Leningradi_Edasi_toimetus, lk 51
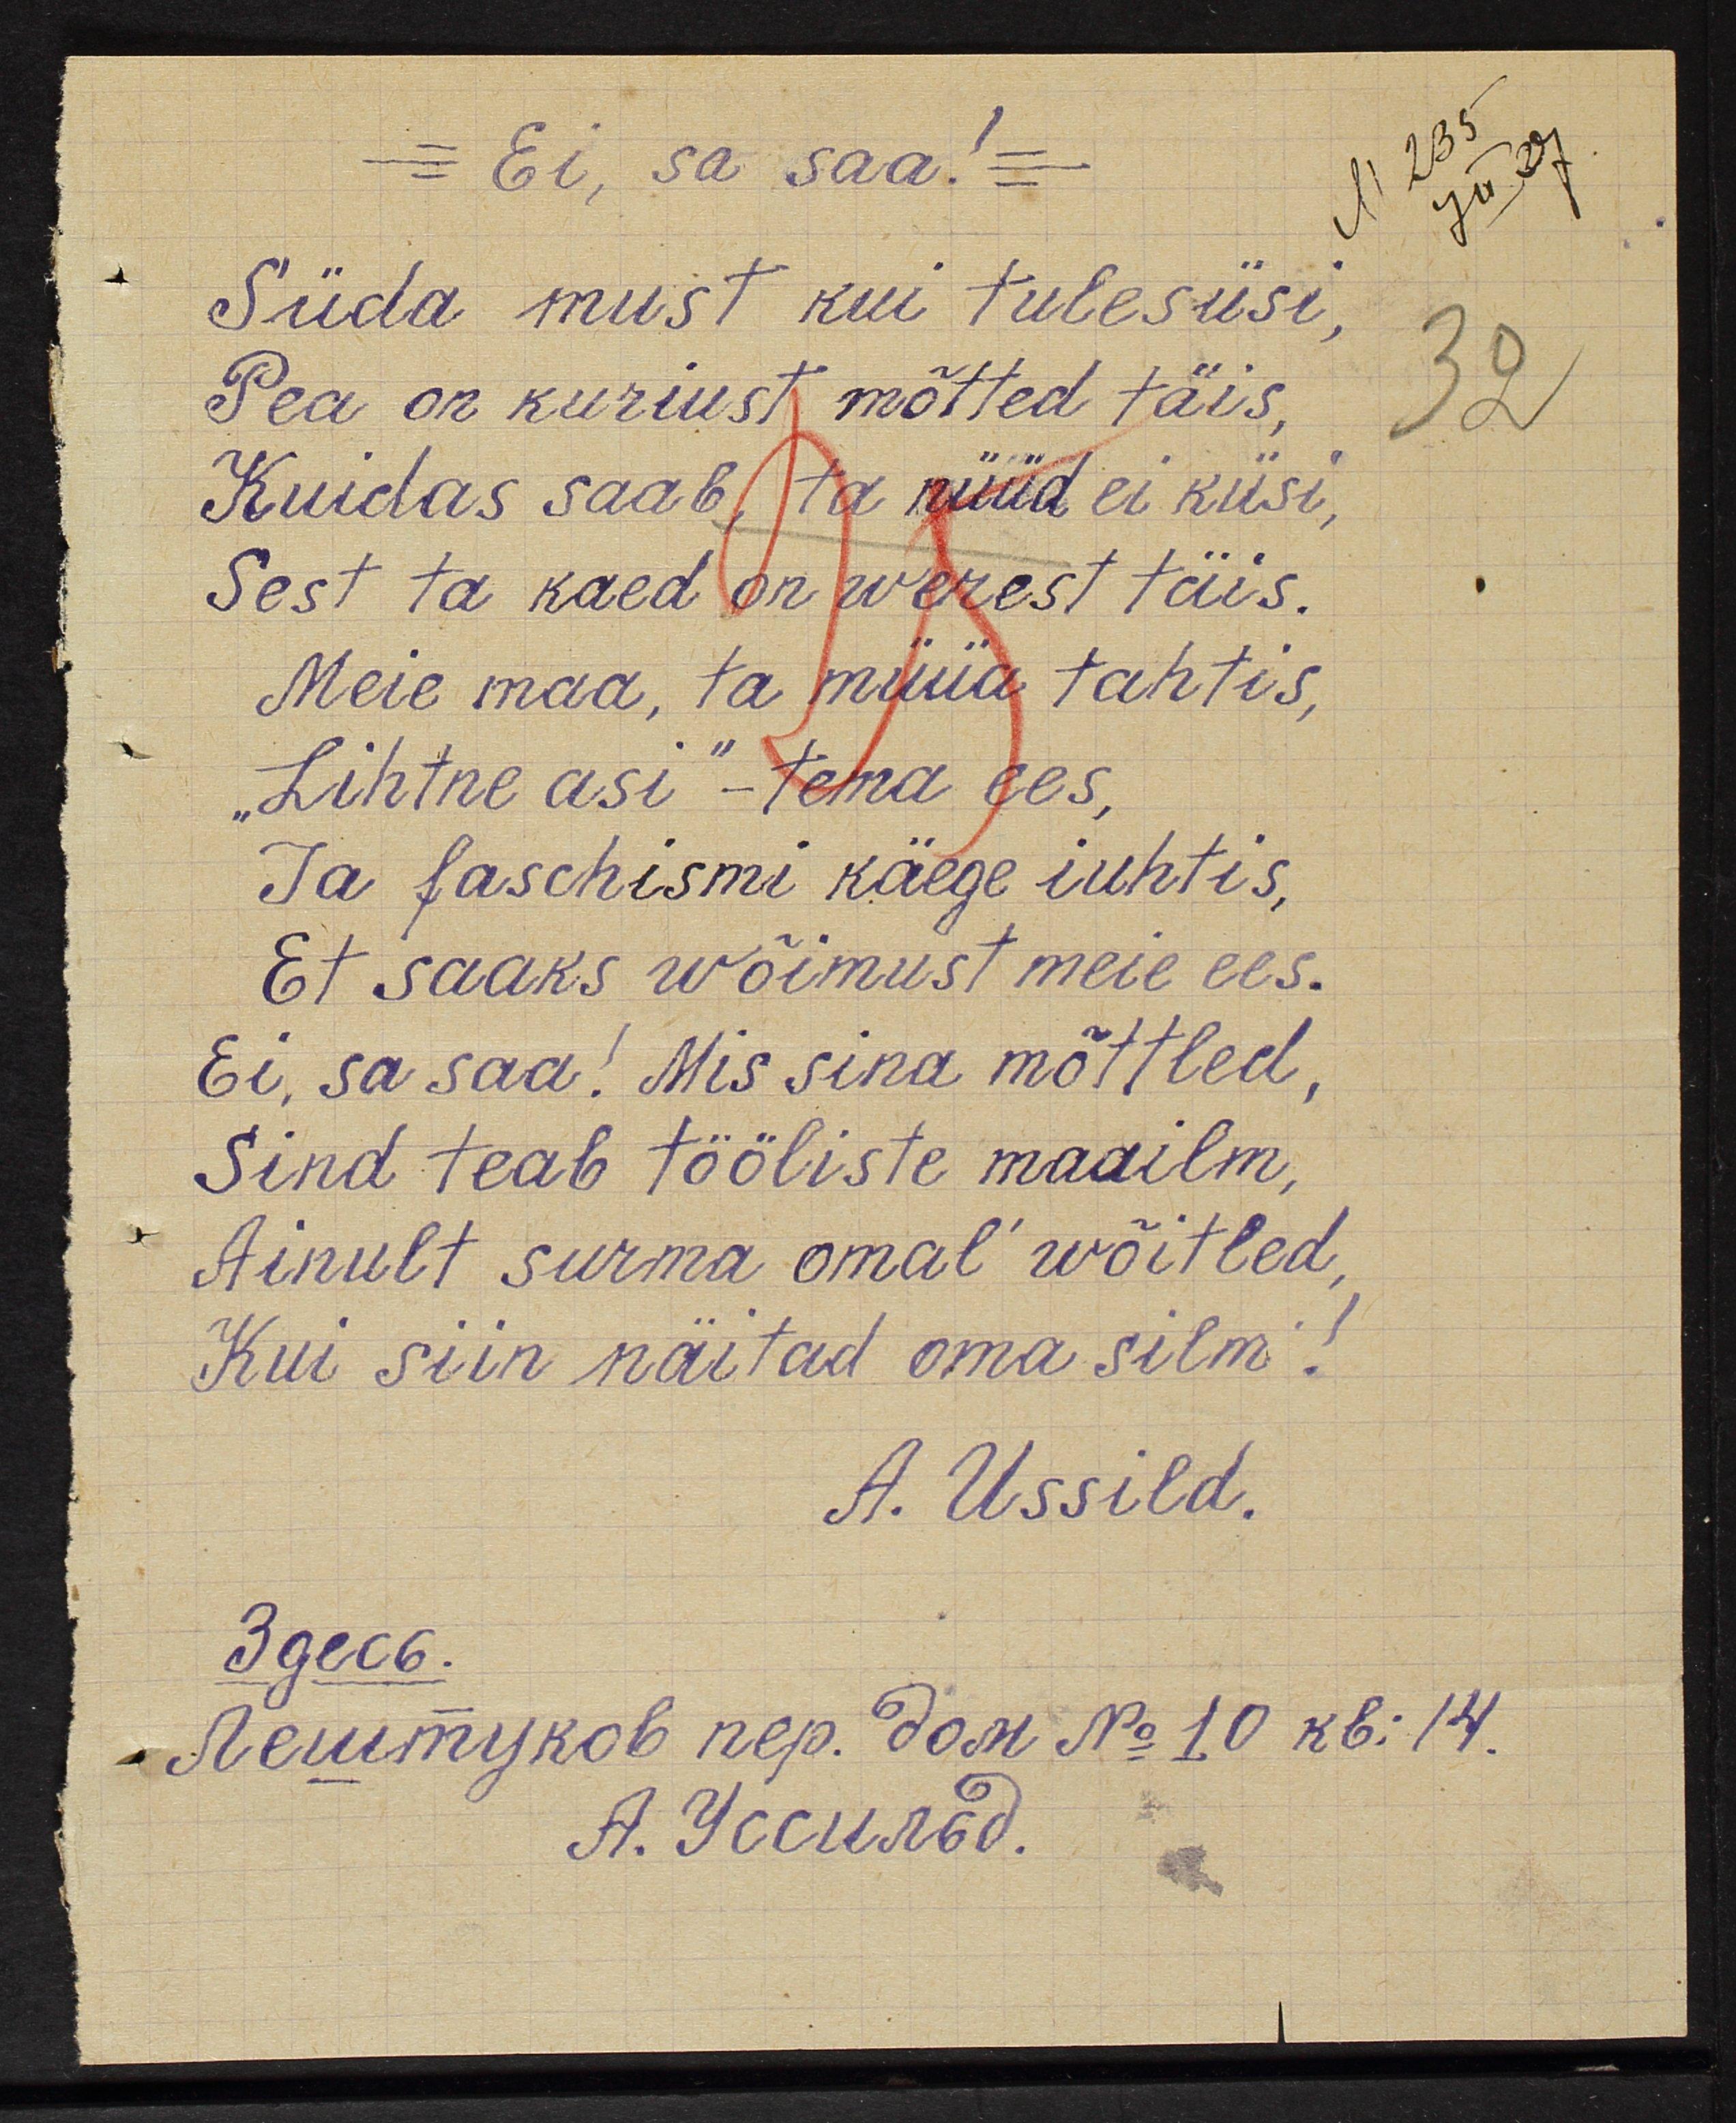
Ei, sa saa!
Süda must kui tulesüsi,
Pea on kuriust mõtted täis,
Kuidas saab ta nüüd ei küsi
Sest ta kaed on werest täis
Meie maa, ta müüa tahtis,
"Lihtne asi" - tema ees,
Ja faschismi käege iuhtis,
Et saaks wõimust meie ees.
Ei sa saa! Mis sina mõttled,
Sina teab tööliste maailm,
Ainult surma omal wõitled
Kui siin näitad oma silmi!
A. Ussild.
Здесь.
Лештуков пер. дом Но. 10, кв: 14.
А. Уссильд